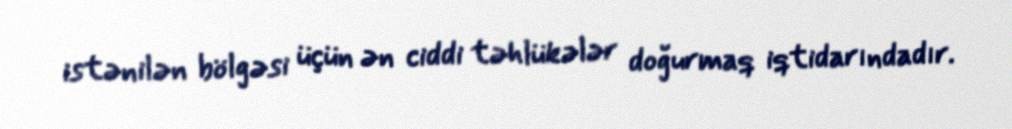
istənilən bölgəsi üçün ən ciddi təhlükələr doğurmaq iqtidarındadır.